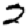
Digit: 2